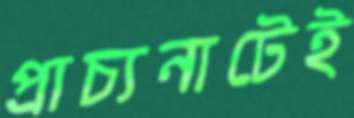
প্রাচ্যনাটেই